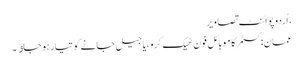
، اُردو پوائنٹ تصاویر
عمان:کسٹمر کا موبائل فون ٹھیک کرو ،یا جیل جانے کو تیار ہو جاﺅ۔